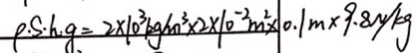
p . S \cdot h . g = 2 \times 1 0 ^ { 3 } k g / m ^ { 3 } \times 2 \times 1 0 ^ { - 2 } m ^ { 2 } \times 0 . 1 m \times 9 . 8 N / k g